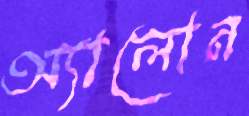
অ্যালোন